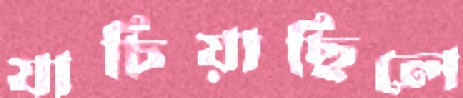
যাচিয়াছিলে